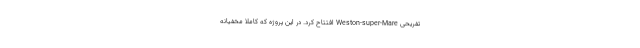
تفریحی Weston-super-Mare افتتاح کرد. در این پروژه که کاملا مخفیانه